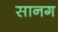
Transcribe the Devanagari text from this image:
सानग